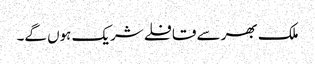
ملک بھر سے قافلے شریک ہوں گے۔